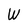
Character: W